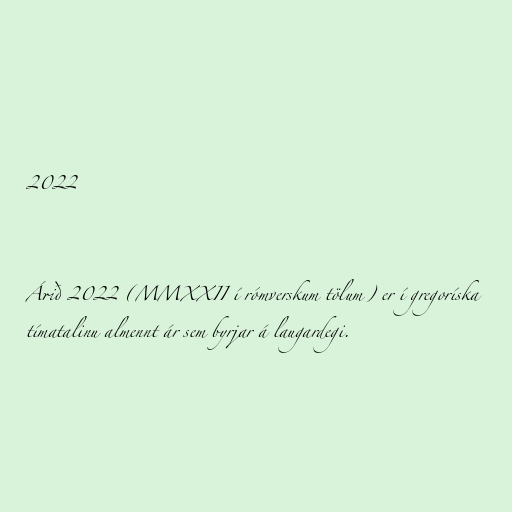
2022

Árið 2022 (MMXXII í rómverskum tölum) er í gregoríska
tímatalinu almennt ár sem byrjar á laugardegi.